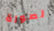
لصورة